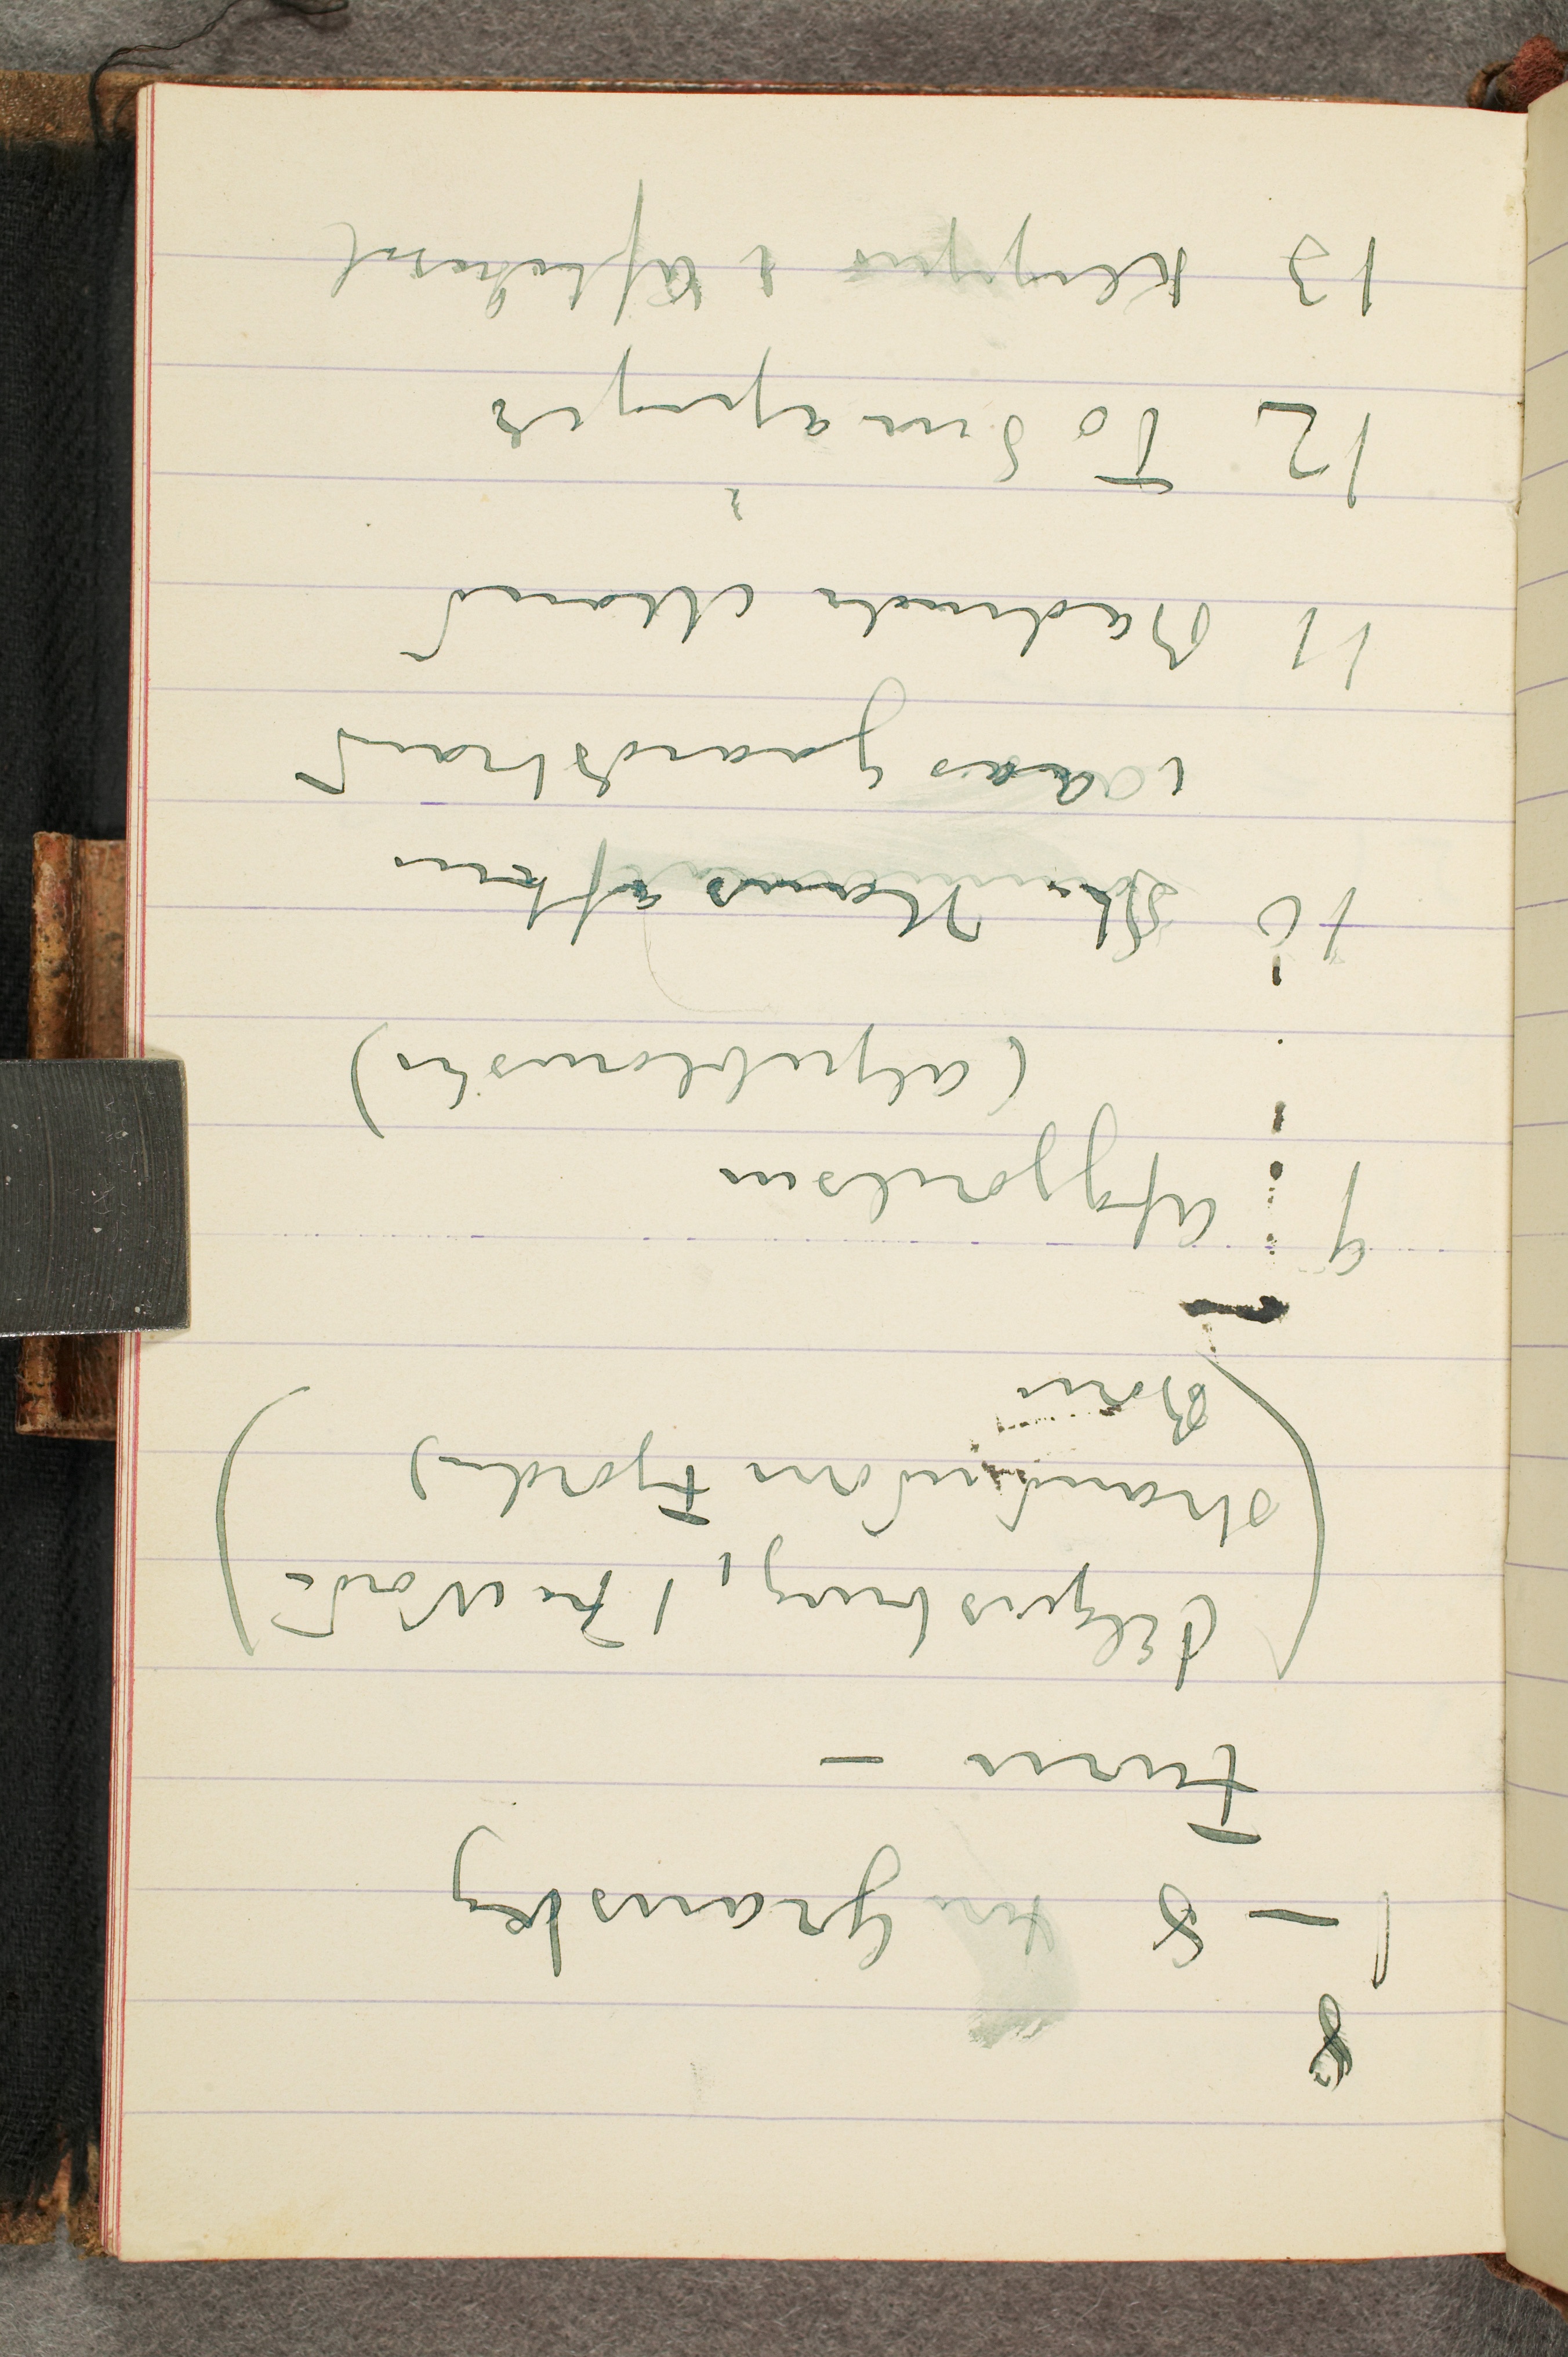
8
1–8 ... Granskog
Furu –
(1 Elgersburg, 1 Fra Nord–
strand over Fjorden)
Børn
9 Afgjørelsen
(Alpeblomster)
10 St. Hans aften
i Aasgaardstrand
11 Badende Mænd
12 To Småpiger
13 Klipper i Aftensol